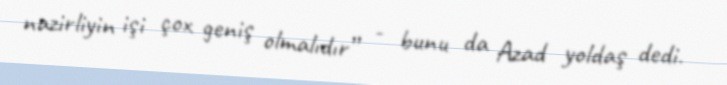
nazirliyin işi çox geniş olmalıdır” - bunu da Azad yoldaş dedi.